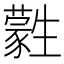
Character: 𤯾